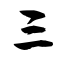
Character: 三